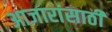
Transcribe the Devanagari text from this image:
अाजारांसाठी